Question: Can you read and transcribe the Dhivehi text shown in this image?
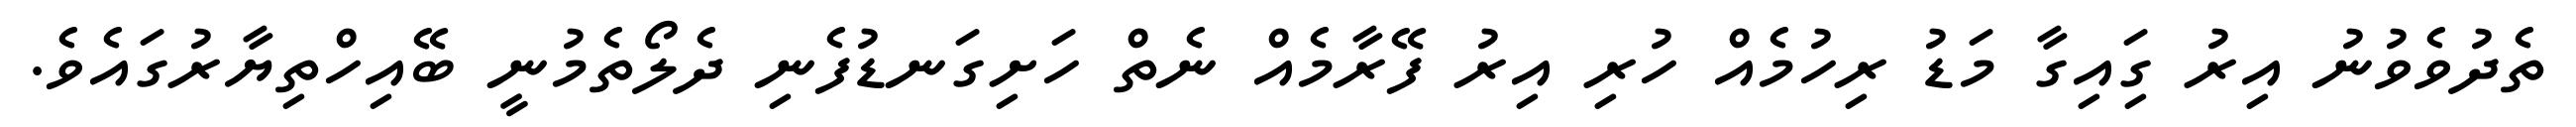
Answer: ތެދުވެވުނު އިރު ގަިއިގާ މަޑު ރިހުމެއް ހުރި އިރު ފޭރާމެއް ނެތް ހަށިގަނޑުފެނި ދެލޯތެމުނީ ބޭއިހްތިޔާރުގައެވެ.